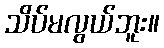
သိပ်မလွယ်ဘူး။